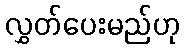
လွှတ်ပေးမည်ဟု